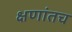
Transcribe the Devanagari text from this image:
क्षणांतच